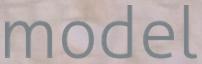
model